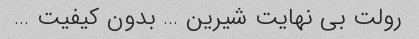
رولت بی نهایت شیرین … بدون کیفیت …